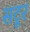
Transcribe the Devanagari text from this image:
सटूर